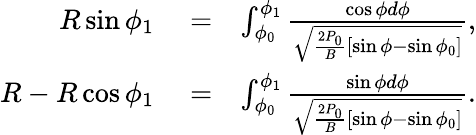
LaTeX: \begin{array}{rlr}{R\sin\phi_{1}}&{{}=}&{\int_{\phi_{0}}^{\phi_{1}}\frac{\cos\phi d\phi}{\sqrt{\frac{2P_{0}}{B}[\sin\phi-\sin\phi_{0}]}},}\\ {R-R\cos\phi_{1}}&{{}=}&{\int_{\phi_{0}}^{\phi_{1}}\frac{\sin\phi d\phi}{\sqrt{\frac{2P_{0}}{B}[\sin\phi-\sin\phi_{0}]}}.}\end{array}